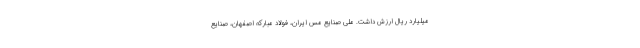
میلیارد ریال ارزش داشت. ملی صنایع مس ایران، فولاد مبارکه اصفهان، صنایع